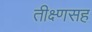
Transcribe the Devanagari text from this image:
तीक्ष्णसह